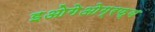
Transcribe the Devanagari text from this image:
इओगेओग्रफ्य